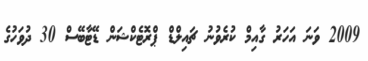
2009 ވަނަ އަހަރު ގާއިމް ކުރެވުނު ޗައިލްޑް ޕްރޮޓެކްޝަން ޑޭޓާބޭސް 30 ދުވަހުގެ